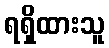
ရရှိထားသူ